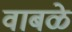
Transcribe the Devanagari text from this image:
वाबळे